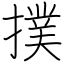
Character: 撲